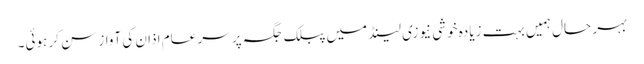
بہر حال ہمیں بہت زیادہ خوشی نیوزی لینڈ میں پبلک جگہ پر سر عام اذان کی آواز سن کر ہوئی۔